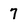
Character: 7